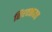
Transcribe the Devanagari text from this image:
शिरवळातच